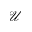
\mathcal { U }